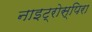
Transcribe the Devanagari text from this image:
नाइट्रोस्पिरा